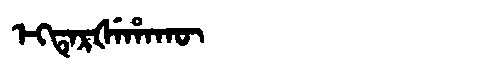
Manchu: ᡝᡴᡨᡝᡵᡧᡝᡥᠠᡴᡡ
Romanization: EKTERŠEHAKŪ